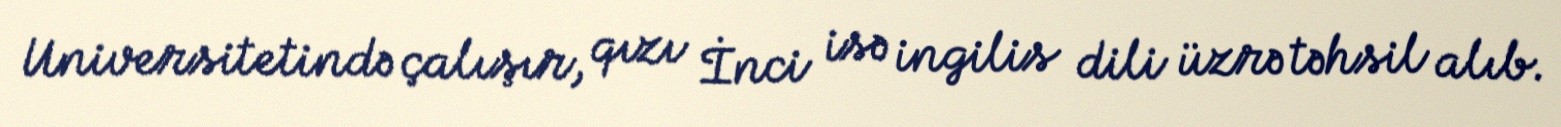
Universitetində çalışır, qızı İnci isə ingilis dili üzrə təhsil alıb.